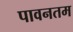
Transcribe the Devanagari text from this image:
पावनतम